Lock hospitals Punjab
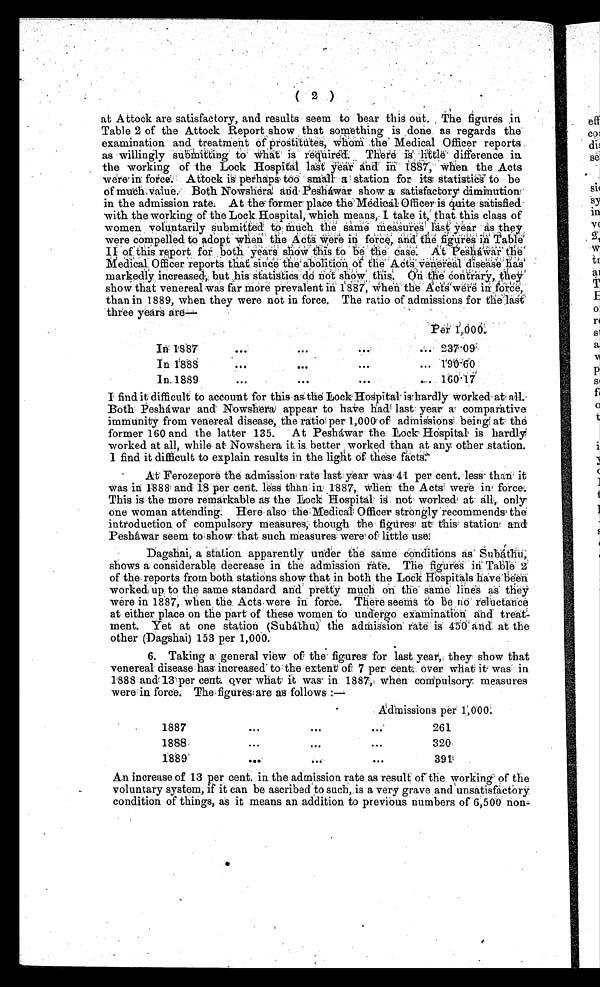
( 2 )
atA t t o c k a r e s a t i s f a c t o r y , a n d r e s u l t s s e e m t o b e a r t h i s o u t . t h e f i g u r e s i n
Table 2 of the Attock Report show that something is done as regards the
examination and treatment of , pr os t i t ut e s , whom t he Me di c a l Of f i c e r r e por t s
as willingly submitting to What is required. There is little difference in
the working of the Lock Hospital last year and in 1887, when the Acts
were in force. Attock is perhaps toos m a l l a s t a t i o n f o r i t s s t a t i s t i c s t o b e
of much value. Both Nowshera and Pesháwar show a satisfactory diminution
in the admission rate. At the former place the'Medical Officer is quite satisfied
with the working of the Lock Hospital, which means, I take it, that this class of
women voluntarily submitted to much the same measures last year as they
were compelled to adopt when the Acts were in force, and the figur
es in Table
II of this report for both years show this to be the Case At Peshawar the
Medical Officer reports that since the abolition of the Acts venereal disease has
markedly increased, but his statistics do not show this. On the contrary, they
show that venereal was far more prevalent in 1887 , when the Acts were in force,
than in 1889, when they were not in force. The ratio of admissions for the last
three years area—
Per 1,000.
In 1887
. . .
. . .
. . .
. . . 237.09
In 1888
. . .
. . .
. . .
. . .
190.60
In 1889
. . .
. . .
. . .
. . .
1 6 0 . 1 7
I find it difficult to aceount for this as the Lock Hospital is hardly worked at all.
Both Pesháwar and Nowshera appear to have had last year a comparative
immunity from venereal disease, the ratio per 1,000 of admissions being at the
former 160 and the latter 135. At Pesháwar the Lock Hospital is hardly
worked at all, while at Nowshera it is better worked than at any other station.
I find it difficult to explain results in the light of these facts.
At Ferozepore the admission rate last year was 41 per cent. less . that it
w a s i n 1 8 8 8 a n d 1 8 p e r c e n t . l e s s t h a n i n 1 8 8 7 , w h e n t h e A c t s w e r e i n f o r c e .
This is the more remarkable as the Lock Hospital is not worked at all, only
one woman attending. Here also the Medical Officer stringly recommends the
introduction of compulsory measures, though the figures at this station and
Pesháwar seem to show that: such Measures were of little use.
Dagshai, a station apparently under the same conditions as Subáthu,
shows a considerable decrease in the admission rate. The figures in Table 2
of the reports from both stations show that in both the Lock Hosptals have been
worked, up to the same standard and pretty much on the same lines as they
were in 1887, when the Acts were in force. There seems to be no reluctance
at either place on the part of these women to undergo examination and' treat
- m e n t .
Y e t a t o n e s t a t i o n ( S u b á t h u ) t h ea
d m i s s i o ǹ r a t e i s 4 5 0 ' a n d a t t h e
other (Dagshai) . 153 per 1,000.
6. Taking a general view of the figures for last year, they show that
venereal disease has increased to the extent of 7 per cent. over what i t was i n
1888 and 13 per cent. over what it was. in 1887, when compulsory measures
were in force. The figures are as follows:—
Admissions per 1,000.
1887
. . .
. . .
. . .
261
1888
. . .
...
•••
320
1889
...
...
. . .
391
An increase of 13 per cent. in the admission rate as result of the working of the
voluntary system, if it can be ascribed to such, is a very grave and unsatisfactory
condition of things, as it means an addition to previous numbers of 6,500 non-